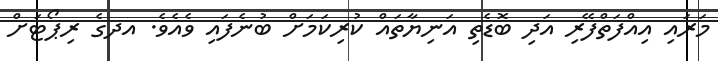
މަރައި އިއްފަތްފޭރި އަދި ބޮޑެތި އަނިޔާތައް ކުރިކަމަށް ބުނެފައި ވެއެވެ. އދގެ ރިޕޯޓަށް